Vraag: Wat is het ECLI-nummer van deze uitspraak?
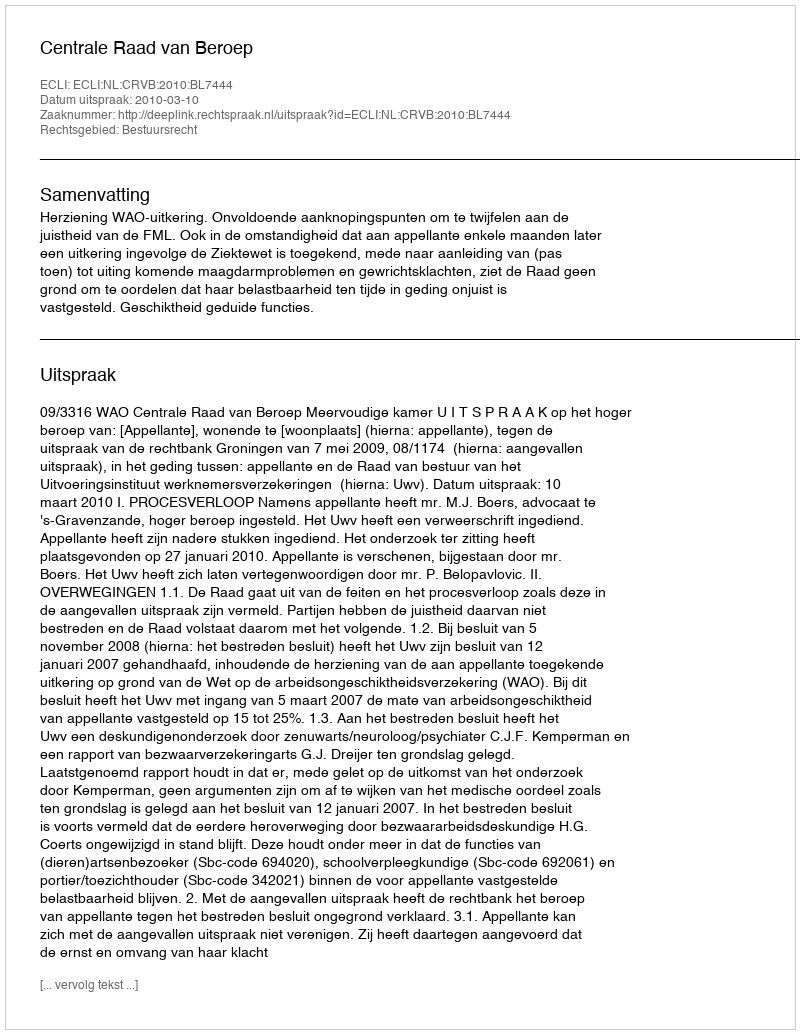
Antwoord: ECLI:NL:CRVB:2010:BL7444